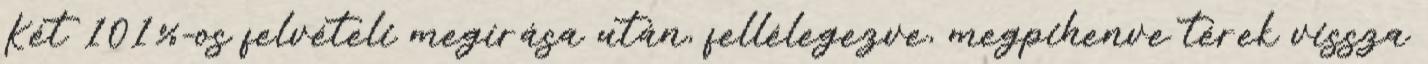
Két 101%-os felvételi megírása után, fellélegezve, megpihenve térek vissza